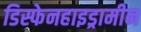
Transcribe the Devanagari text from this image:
डिस्फेनहाइड्रामीन